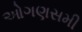
ઓગણસમી